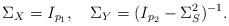
LaTeX: \begin{align*}\Sigma_X = I_{p_1}, \quad\Sigma_Y = (I_{p_2} - \Sigma_S^2)^{-1}.\end{align*}